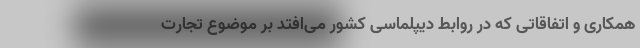
همکاری و اتفاقاتی که در روابط دیپلماسی کشور می‌افتد بر موضوع تجارت